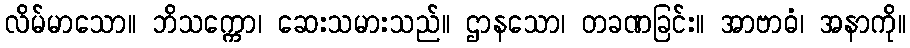
လိမ်မာသော။ ဘိသက္ကော၊ ဆေးသမားသည်။ ဌာနသော၊ တခဏခြင်း။ အာဗာဓံ၊ အနာကို။